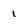
Character: 1